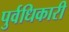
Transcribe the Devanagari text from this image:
पुर्वधिकारी